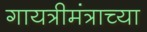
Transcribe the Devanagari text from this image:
गायत्रीमंत्राच्या